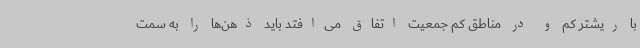
با ریشتر کم و در مناطق کم جمعیت اتفاق می‌افتد باید ذهن‌ها را به سمت